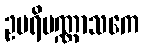
ဥပရိပဏ္ဏာသကေ